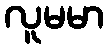
လူမမာ